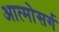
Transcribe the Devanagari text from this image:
आत्मोसर्ग